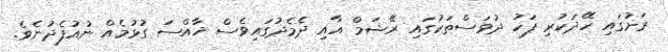
ރަށުގައި ހޭދަކުރި ފަހު ދުވަސްތަކުގައި ރޭޝަމް އާއި ދެމެދުގައިވެސް ޚާއްސަ ގުޅުމެއް ނުއުފެދުނެވެ.